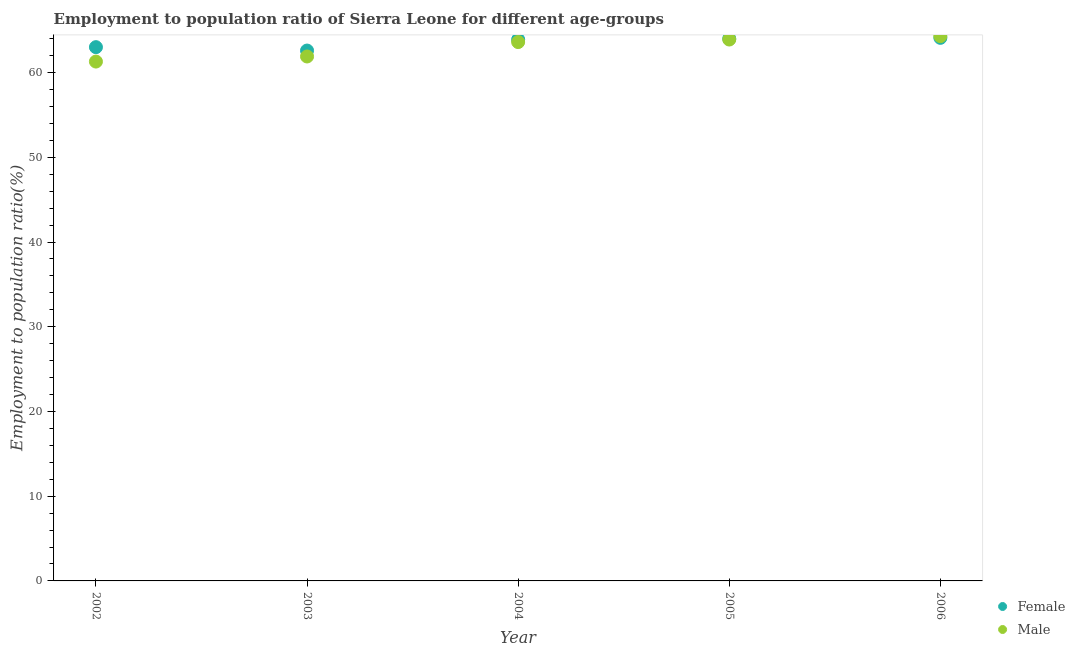
| Year | Female | Male |
 | --- | --- | --- |
 | 2002 | 63 | 61.3 |
 | 2003 | 62.6 | 61.9 |
 | 2004 | 63.9 | 63.6 |
 | 2005 | 64 | 63.9 |
 | 2006 | 64.1 | 64.3 |